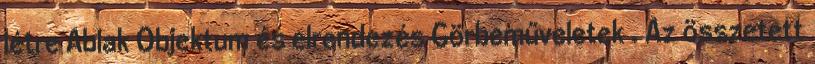
létre Ablak Objektum és elrendezés Görbeműveletek . Az összetett